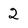
Character: 2